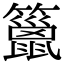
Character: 䉭